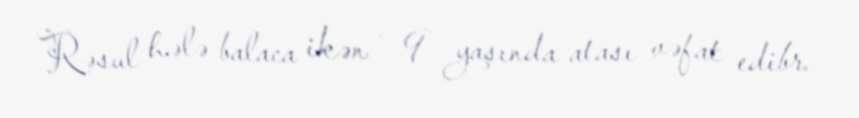
Rəsul hələ balaca ikən - 9 yaşında atası vəfat edibr.